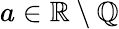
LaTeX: a\in\mathbb{R}\setminus\mathbb{Q}